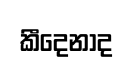
කීදෙනාද